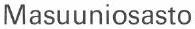
Masuuniosasto